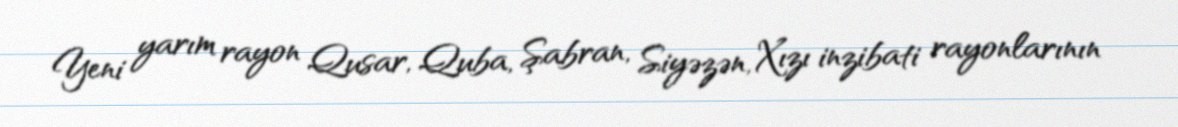
Yeni yarım rayon Qusar, Quba, Şabran, Siyəzən, Xızı inzibati rayonlarının